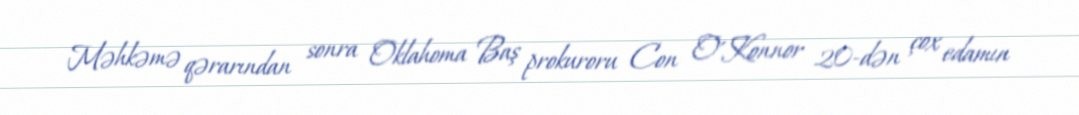
Məhkəmə qərarından sonra Oklahoma Baş prokuroru Con O'Konnor 20-dən çox edamın